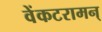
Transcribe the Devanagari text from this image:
वेंकटरामन्